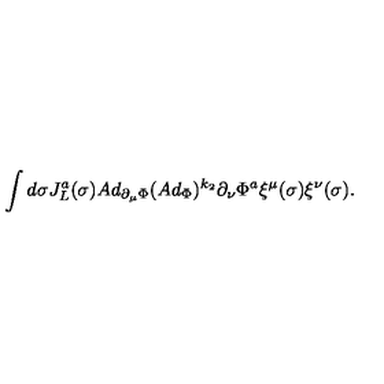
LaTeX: \int d \sigma J _ { L } ^ { a } ( \sigma ) A d _ { \partial _ { \mu } \Phi } ( A d _ { \Phi } ) ^ { k _ { 2 } } \partial _ { \nu } \Phi ^ { a } \xi ^ { \mu } ( \sigma ) \xi ^ { \nu } ( \sigma ) .